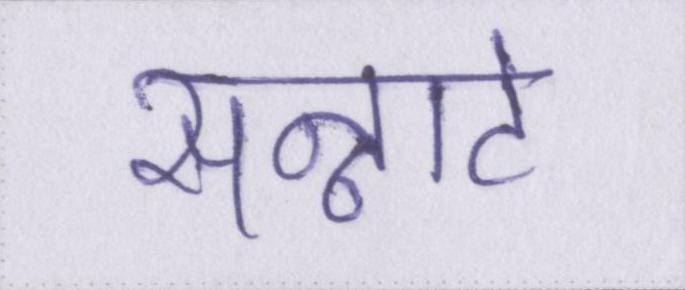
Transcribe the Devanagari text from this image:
सन्नाटे